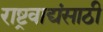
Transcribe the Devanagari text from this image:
राष्ट्रवाद्यंसाठी